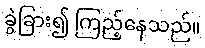
ခွဲခြား၍ ကြည့်နေသည်။